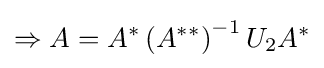
\Rightarrow A=A^{*}\left(A^{**}\right)^{-1}U_{2}A^{*}